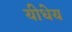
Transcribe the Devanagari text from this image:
यीधेय